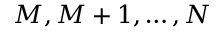
M , M + 1 , \dots , N